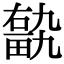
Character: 𤲽